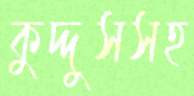
কুদ্দুসসহ